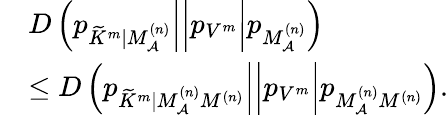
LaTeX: \begin{array}{rl}&{\left.\left.\left.D\left(p_{\widetilde{K}^{m}|M_{{\cal A}}^{(n)}}\right|\right|p_{V^{m}}\right|p_{M_{\cal A}^{(n)}}\right)}\\ &{\leq\left.\left.\left.D\left(p_{\widetilde{K}^{m}|M_{{\cal A}}^{(n)}M^{(n)}}\right|\right|p_{V^{m}}\right|p_{M_{\cal A}^{(n)}M^{(n)}}\right).}\end{array}